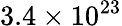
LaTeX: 3.4\times 10^{23}